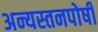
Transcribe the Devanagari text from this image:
अन्यस्तनपोषी